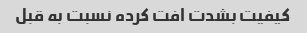
کیفیت بشدت افت کرده نسبت به قبل